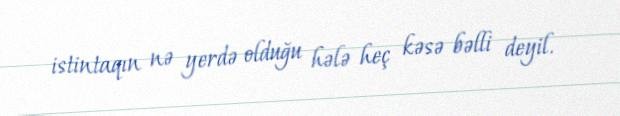
istintaqın nə yerdə olduğu hələ heç kəsə bəlli deyil.